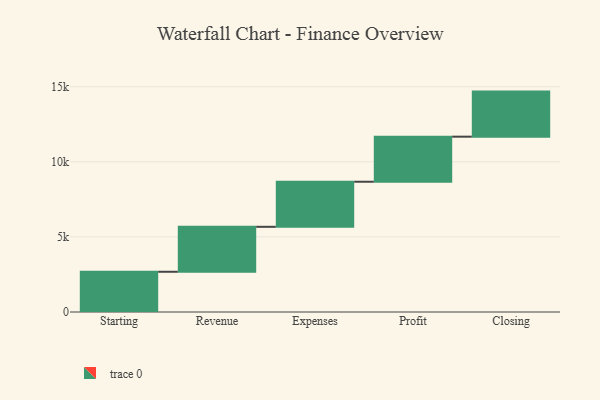
{"axis": {"x": "Step", "y": "Value"}, "legend": [""], "data": [{"x": "Starting", "y": 2678.0, "type": ""}, {"x": "Revenue", "y": 2993.0, "type": ""}, {"x": "Expenses", "y": 3000, "type": ""}, {"x": "Profit", "y": 3000, "type": ""}, {"x": "Closing", "y": 3000, "type": ""}]}